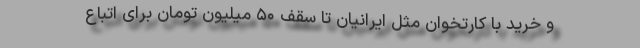
و خرید با کارتخوان مثل ایرانیان تا سقف ۵۰ میلیون تومان برای اتباع